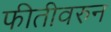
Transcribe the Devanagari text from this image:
फीतीवरुन